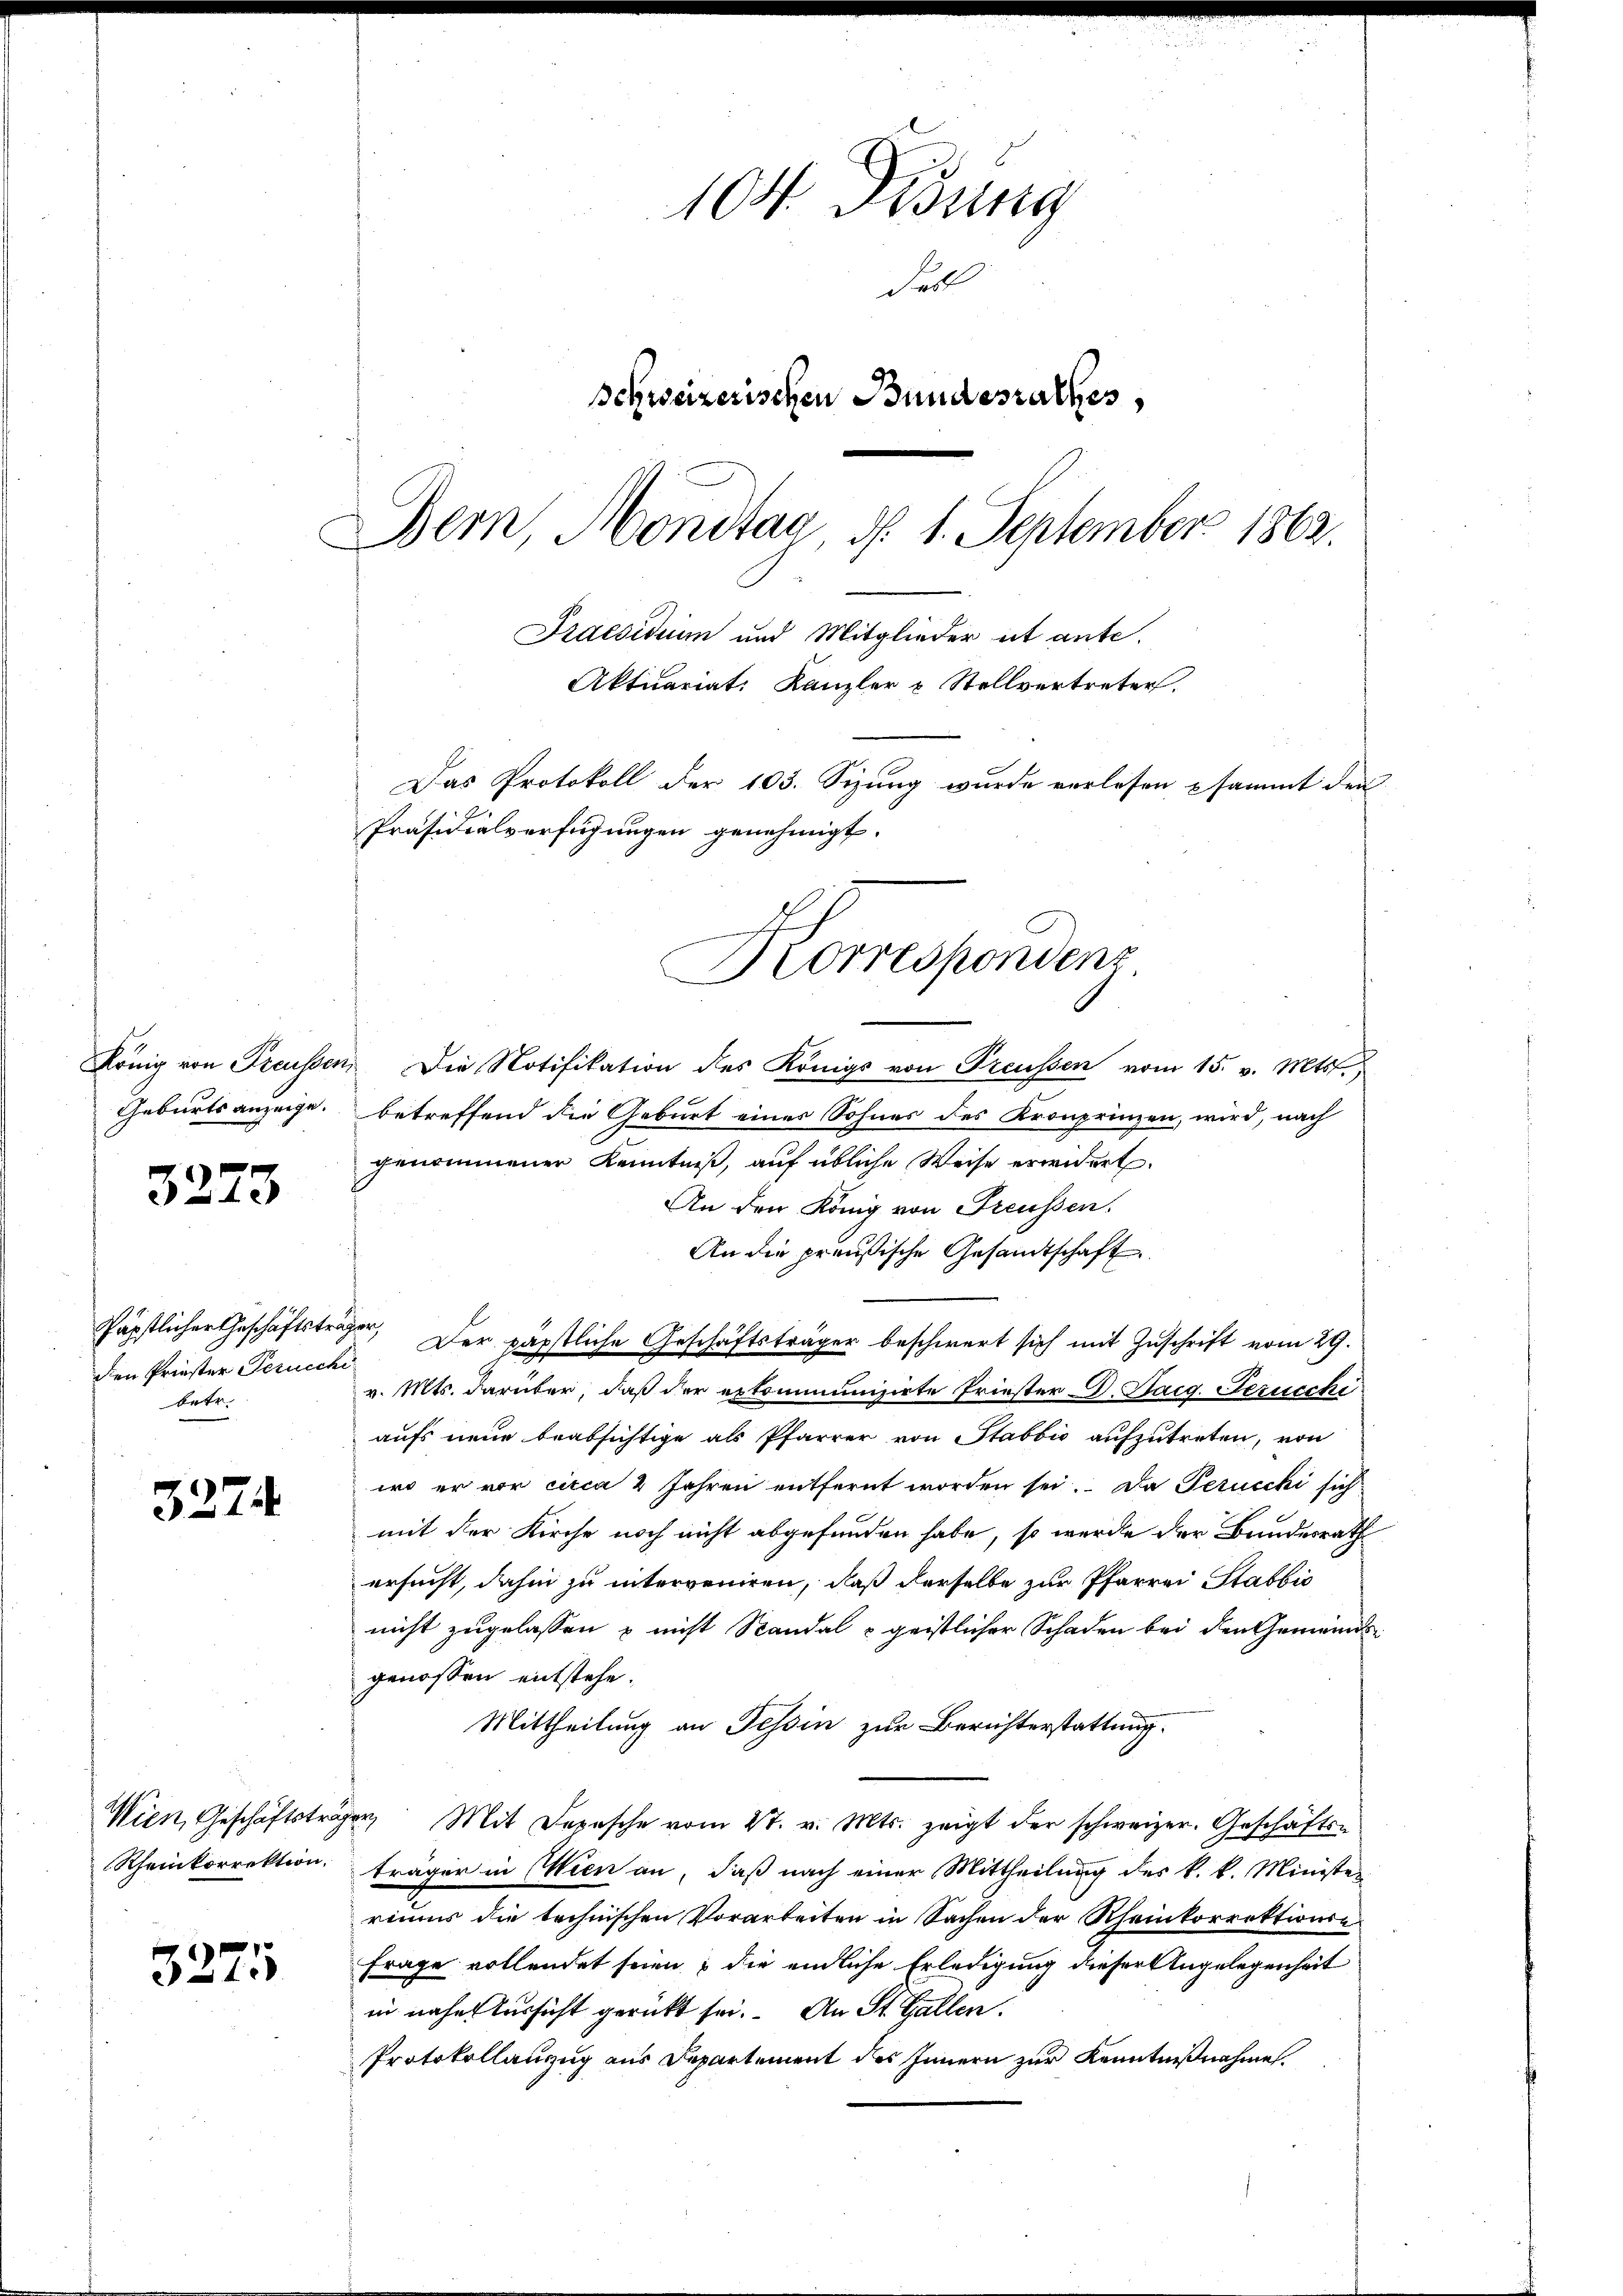
Geburts anzeige.

3273

den Priester Perueche
betr.

327.

Wien, Geschäftsträg
Rheinkorrektion.

3275

104. Lesung
Fell
Schweizerischen Bundesrathes,
Bern, Mondtag, d. 1. September 1863.
Praesiduum und Mitglieder et ante.
Aktuariat. Kanzler & Stellvertreter.
Das Protokoll der 103. Sizung wurde vorlesen sammt den
Präsidialverfügungen genehmigt.

König von Freussen, Die Notifikation des Königs von Preussen vom 15. v. Mts.
betreffend die Geburt eines Sohnes des Kronprinzen, wird, nach
genommener Kenntniß, auf übliche Weise erwidert.
An den König von Freussen.
An die preußische Gesandtschaft
Päpstlicher Geschäftsträger, Der päpstliche Geschäftsträger beschwert sich mit Zuschrift vom 29.
v. Mts. darüber, daß der exkommunisirte Friester D. Sarg. Seruecke
aufs neue beabsichtige als Pfarrer von Stabbić aufzutreten, von
iro er vor circa 2 Jahren entfernt worden sei. Da Peruecki sich
mit der Kirche noch nicht abgefunden habe, so werde der Bundesrath
ersucht, dahin zu interveniren, daß derselbe zur Pfarrei Stabbis
nicht zugelassen u nicht Standal - geistlicher Schaden bei den Gemeindsgenossen entstehe.
Mittheilung an Tessin zur Berichterstattung.
der Mit Depesche vom 2t. v. Mts. zeigt der schweizer. Geschäfts-
träger in Wien an, daß nach einer Mittheilung des k. k. Minister
riums die technischen Vorarbeiten in Sachen der Rheinkorrektionse
Frage vollendet seien, die endliche Erledigung dieser Angelegenheit
in näher Aussicht gerückt sei. An St. Gallen.
Protokollanzug aus Departement des Innern zur Kenntnißnahme.

Borrespondenz